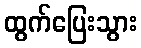
ထွက်ပြေးသွား